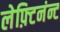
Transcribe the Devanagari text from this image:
लेफ़्टिनंन्ट